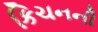
કિચનની